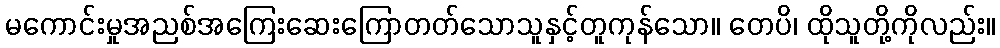
မကောင်းမှုအညစ်အကြေးဆေးကြောတတ်သောသူနှင့်တူကုန်သော။ တေပိ၊ ထိုသူတို့ကိုလည်း။